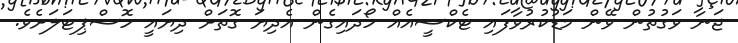
ޖަނާ ވަގުތުން ވޭން މަޑުކުރުވާފައި ޓެކްސީއެއް ހޯދައިގެން އެދިޔަ ގޮތަށް ދިޔައީ ހޮސްޕިޓަލަށެވެ.